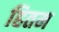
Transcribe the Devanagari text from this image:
हितम